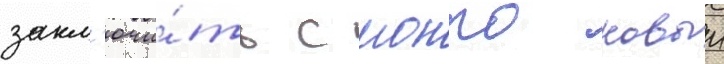
закл'ючи́ть с монро новыи